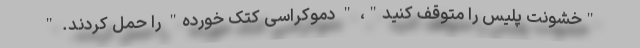
"خشونت پلیس را متوقف کنید"، " دموکراسی کتک خورده" را حمل کردند. "